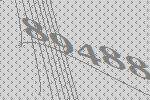
89488